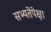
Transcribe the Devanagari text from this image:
सभ्यतेंपेक्षा